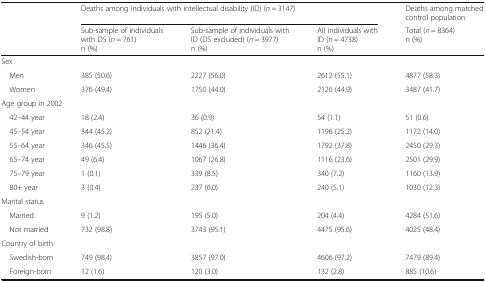
<table><thead><tr><td rowspan="2"></td><td colspan="3"><b>Deaths among individuals with intellectual disability (ID) (<i>n</i> = 3147)</b></td><td><b>Deaths among matched control population</b></td></tr><tr><td><b>Sub-sample of individuals with DS (<i>n</i> = 761)n (%)</b></td><td><b>Sub-sample of individuals with ID (DS excluded) (<i>n</i> = 3977)n (%)</b></td><td><b>All individuals with ID (<i>n</i> = 4738)n (%)</b></td><td><b>Total (<i>n</i> = 8364)n (%)</b></td></tr></thead><tbody><tr><td colspan="5">Sex</td></tr><tr><td> Men</td><td>385 (50.6)</td><td>2227 (56.0)</td><td>2612 (55.1)</td><td>4877 (58.3)</td></tr><tr><td> Women</td><td>376 (49.4)</td><td>1750 (44.0)</td><td>2126 (44.9)</td><td>3487 (41.7)</td></tr><tr><td colspan="5">Age group in 2002</td></tr><tr><td> 42–44 year</td><td>18 (2.4)</td><td>36 (0.9)</td><td>54 (1.1)</td><td>51 (0.6)</td></tr><tr><td> 45–54 year</td><td>344 (45.2)</td><td>852 (21.4)</td><td>1196 (25.2)</td><td>1172 (14.0)</td></tr><tr><td> 55–64 year</td><td>346 (45.5)</td><td>1446 (36.4)</td><td>1792 (37.8)</td><td>2450 (29.3)</td></tr><tr><td> 65–74 year</td><td>49 (6.4)</td><td>1067 (26.8)</td><td>1116 (23.6)</td><td>2501 (29.9)</td></tr><tr><td> 75–79 year</td><td>1 (0.1)</td><td>339 (8.5)</td><td>340 (7.2)</td><td>1160 (13.9)</td></tr><tr><td> 80+ year</td><td>3 (0.4)</td><td>237 (6.0)</td><td>240 (5.1)</td><td>1030 (12.3)</td></tr><tr><td colspan="5">Marital status</td></tr><tr><td> Married</td><td>9 (1.2)</td><td>195 (5.0)</td><td>204 (4.4)</td><td>4284 (51.6)</td></tr><tr><td> Not married</td><td>732 (98.8)</td><td>3743 (95.1)</td><td>4475 (95.6)</td><td>4025 (48.4)</td></tr><tr><td colspan="5">Country of birth</td></tr><tr><td> Swedish-born</td><td>749 (98.4)</td><td>3857 (97.0)</td><td>4606 (97.2)</td><td>7479 (89.4)</td></tr><tr><td> Foreign-born</td><td>12 (1.6)</td><td>120 (3.0)</td><td>132 (2.8)</td><td>885 (10.6)</td></tr></tbody></table>